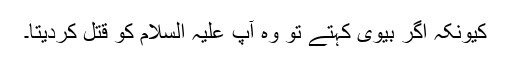
کیونکہ اگر بیوی کہتے تو وہ آپ علیہ السلام کو قتل کردیتا۔